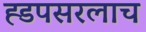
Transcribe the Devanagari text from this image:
ह्डपसरलाच